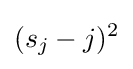
(s_{j}-j)^{2}